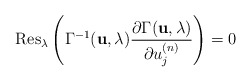
\begin{align*}{\rm Res}_\lambda \left(\Gamma^{-1}({\bf u},\lambda) \frac{\partial\Gamma({\bf u},\lambda)}{\partial u_j^{(n)}}\right)=0\end{align*}